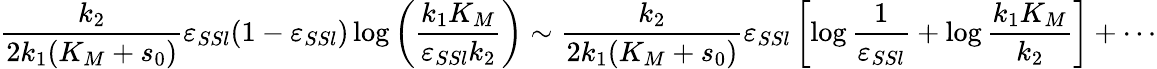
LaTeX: \frac{k_{2}}{2k_{1}(K_{M}+s_{0})}\varepsilon_{SSl}(1-\varepsilon_{SSl})\log\left(\frac{k_{1}K_{M}}{\varepsilon_{SSl}k_{2}}\right)\sim\frac{k_{2}}{2k_{1}(K_{M}+s_{0})}\varepsilon_{SSl}\left[\log\frac{1}{\varepsilon_{SSl}}+\log\frac{k_{1}K_{M}}{k_{2}}\right]+\cdots